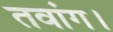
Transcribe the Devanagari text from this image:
तवांग।